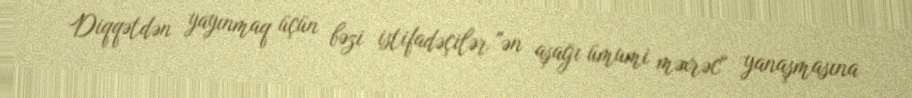
Diqqətdən yayınmaq üçün bəzi istifadəçilər "ən aşağı ümumi məxrəc" yanaşmasına